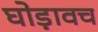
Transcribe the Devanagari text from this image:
घोड़ावच